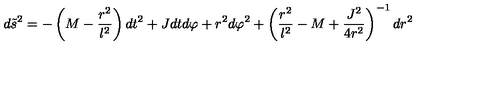
d { \tilde { s } } ^ { 2 } = - \left( M - \frac { r ^ { 2 } } { l ^ { 2 } } \right) d t ^ { 2 } + J d t d \varphi + r ^ { 2 } d \varphi ^ { 2 } + \left( \frac { r ^ { 2 } } { l ^ { 2 } } - M + \frac { J ^ { 2 } } { 4 r ^ { 2 } } \right) ^ { - 1 } d r ^ { 2 }